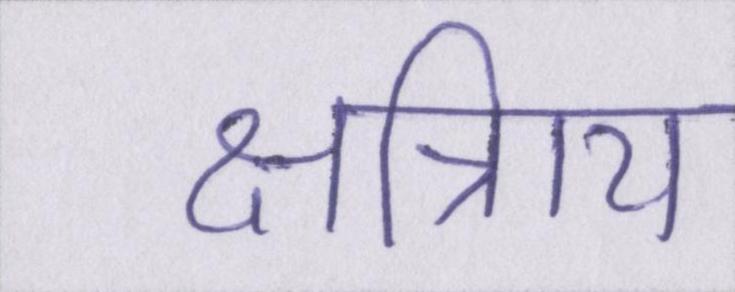
क्षत्रिाय